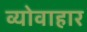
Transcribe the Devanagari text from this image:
व्योवाहार